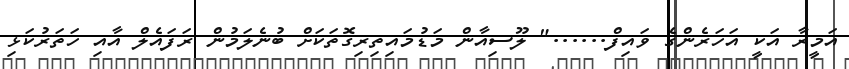
އަމީރާ އަކީ އަހަރެންގެ ވައިފް......" ލޫސިއާން މަޑުމައިތިރިގޮތަކަށް ބުނެލަމުން ރަފައެލް އާއި ހަތަރުކަޅި